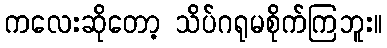
ကလေးဆိုတော့ သိပ်ဂရုမစိုက်ကြဘူး။